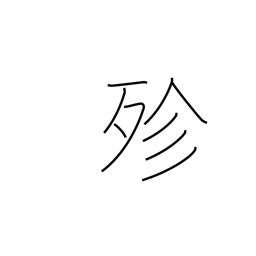
Meaning: all